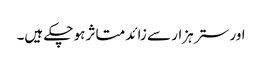
اور ستر ہزار سے زائد متاثر ہو چکے ہیں۔